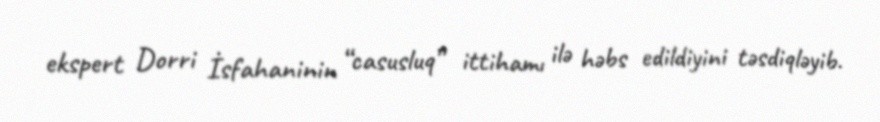
ekspert Dorri İsfahaninin “casusluq” ittihamı ilə həbs edildiyini təsdiqləyib.